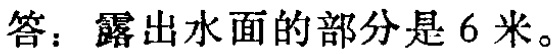
答：露出水面的部分是 6 米。